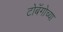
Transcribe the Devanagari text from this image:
टोबॅगोच्या